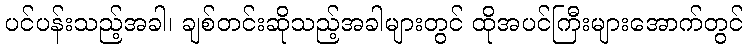
ပင်ပန်းသည့်အခါ၊ ချစ်တင်းဆိုသည့်အခါများတွင် ထိုအပင်ကြီးများအောက်တွင်